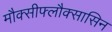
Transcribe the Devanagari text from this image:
मौक्सीफ्लौक्सासिन